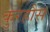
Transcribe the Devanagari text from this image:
कुरहौस